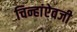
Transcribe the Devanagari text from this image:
चिन्हांऐवजी